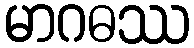
မာဂဓဿ